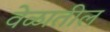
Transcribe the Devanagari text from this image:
वेळातील